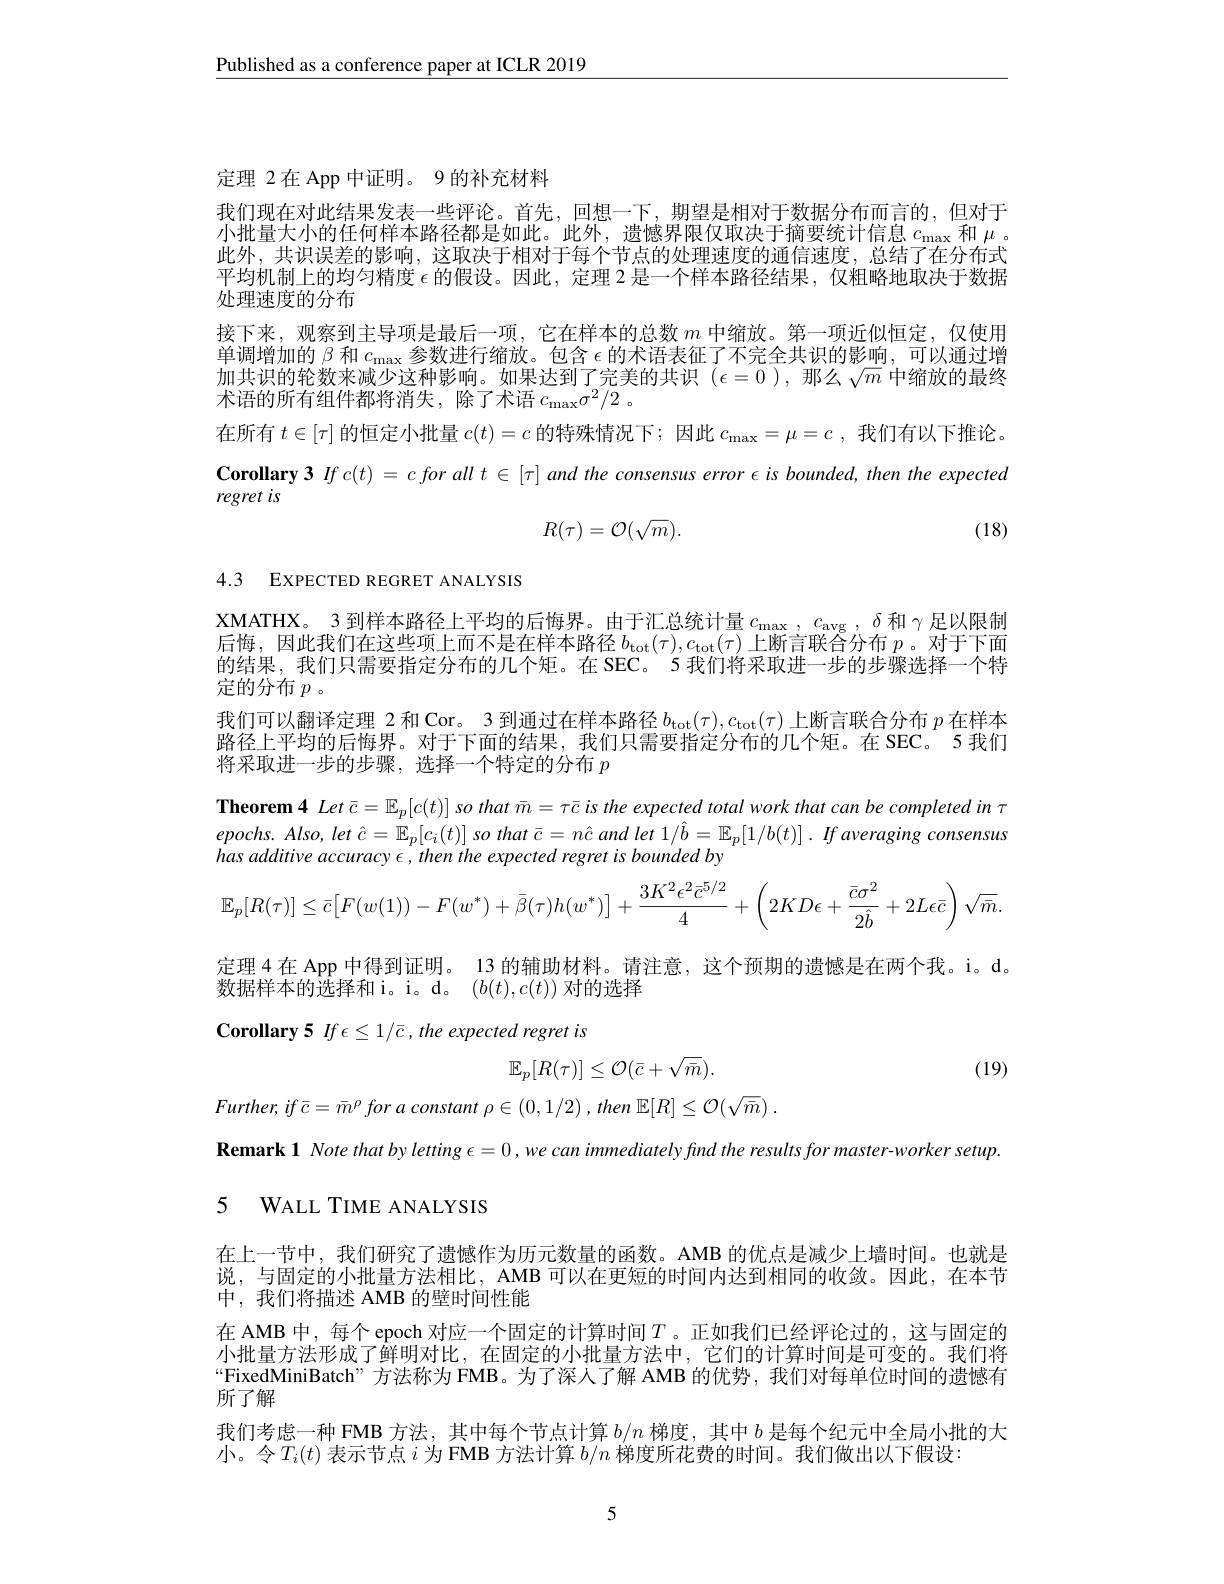
$\underline{\text{Published as a conference paper at ICLR 2019}}$

定理 2在 App 中证明。9 的补充材料

我们现在对此结果发表一些评论。首先，回想一下，期望是相对于数据分布而言的，但对于小批量大小的任何样本路径都是如此。此外，遗憾界限仅取决于摘要统计信息$c_\mathrm{max}$和$\mu$ 。此外，共识误差的影响，这取决于相对于每个节点的处理速度的通信速度，总结了在分布式平均机制上的均匀精度$\epsilon$的假设。因此，定理 2 是一个样本路径结果，仅粗略地取决于数据处理速度的分布
接下来，观察到主导项是最后一项，它在样本的总数$m$中缩放。第一项近似恒定，仅使用单调增加的$\beta$和$c_\mathrm{max}$参数进行缩放。包含$\epsilon$的术语表征了不完全共识的影响，可以通过增加共识的轮数来减少这种影响。如果达到了完美的共识$(\epsilon=0)$,那么$\sqrt m$中缩放的最终术语的所有组件都将消失，除了术语$c_\mathrm{max}\sigma^2/2$ 。
在所有$t\in[\tau]$的恒定小批量$c(t)=c$的特殊情况下；因此$c_\mathrm{max}=\mu=c$,我们有以下推论。Corollary 3 $Ifc(t)=cforallt\in[\tau]and$ the consensus error $\epsilon isbounded,then$ the expected regret is
$$R(\tau)=\mathcal{O}(\sqrt{m}).$$
(18)

4.3 EXPECTED REGRET ANALYSIS

XMATHX。3 到样本路径上平均的后悔界。由于汇总统计量$c_\mathrm{max},c_\mathrm{avg},\delta$和$\gamma$足以限制后悔，因此我们在这些项上而不是在样本路径$b_\mathrm{tot}(\tau),c_\mathrm{tot}(\tau)$上断言联合分布 $p$。对于下面的结果，我们只需要指定分布的几个矩。在 SEC。5 我们将采取进一步的步骤选择一个特定的分布$p$。
我们可以翻译定理 2 和 Cor。3 到通过在样本路径$b_\mathrm{tot}(\tau),c_\mathrm{tot}(\tau)$上断言联合分布$p$在样本路径上平均的后悔界。对于下面的结果，我们只需要指定分布的几个矩。在 SEC。5 我们将采取进一步的步骤，选择一个特定的分布$p$

Theorem 4 $Let\bar{c} = \mathbb{E} _p[ c( t) ] \textit{so that }\bar{m} = \tau \bar{c} is\textit{the expected total work that can be completed in }\tau$ $epochs. Also, let$ $\hat{c} = \mathbb{E} _{p}[ c_{i}( t) ]$ $so$ that $\bar{c} = n\hat{c}$ and let $1/ \ddot{b} =$ $\mathbb{E} _{p}[ 1/ b( t) ]$ . $If$ averaging consensus has additive accuracy $\epsilon,then$ the expected regret is bounded by
$$\mathbb{E}_{p}[R(\tau)]\leq\bar{c}\big[F(w(1))-F(w^{*})+\bar{\beta}(\tau)h(w^{*})\big]+\frac{3K^{2}\epsilon^{2}\bar{c}^{5/2}}{4}+\left(2KD\epsilon+\frac{\bar{c}\sigma^{2}}{2\hat{b}}+2L\epsilon\bar{c}\right)\sqrt{\bar{m}}.$$
定理4在 App 中得到证明。13 的辅助材料。请注意，这个预期的遗憾是在两个我。i。d。
数据样本的选择和 i。i。d。$(b(t),c(t))$对的选择

Corollary 5 $If\epsilon\leq1/\bar{c},the$ expected regret is

(19)
$$\mathbb{E}_p[R(\tau)]\leq\mathcal{O}(\bar{c}+\sqrt{\bar{m}}).$$
$Further, if\bar{c} = \bar{m} ^{\rho }$ for $a$ constant $\rho \in \left ( 0, 1/ 2\right )$ , then $\mathbb{E} [ R] \leq \mathcal{O} ( \sqrt {\bar{m} })$ .

Remark 1 Note that by letting $\epsilon=0,wecan$ immediately find the results for master-worker setup
5 WALL TIME ANALYSIS

在上一节中，我们研究了遗憾作为历元数量的函数。AMB 的优点是减少上墙时间。也就是说，与固定的小批量方法相比，AMB 可以在更短的时间内达到相同的收敛。因此，在本节中，我们将描述 AMB 的壁时间性能
在 AMB 中，每个 epoch 对应一个固定的计算时间$T$。正如我们已经评论过的，这与固定的小批量方法形成了鲜明对比，在固定的小批量方法中，它们的计算时间是可变的。我们将“FixedMiniBatch”方法称为 FMB。为了深人了解 AMB 的优势，我们对每单位时间的遗憾有所了解
我们考虑一种 FMB 方法，其中每个节点计算$b/n$梯度，其中$b$是每个纪元中全局小批的大
小。令$T_i(t)$表示节点$i$为 FMB 方法计算$b/n$梯度所花费的时间。我们做出以下假设：

5